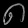
Digit: ၈